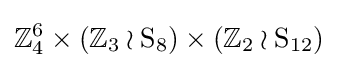
\mathbb {Z} _{4}^{6}\times (\mathbb {Z} _{3}\wr \mathrm {S} _{8})\times (\mathbb {Z} _{2}\wr \mathrm {S} _{12})